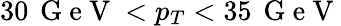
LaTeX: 30\, \mathrm{~G~e~V~}<p_{T}<35\, \mathrm{~G~e~V~}